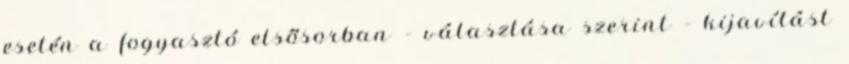
esetén a fogyasztó elsősorban – választása szerint – kijavítást